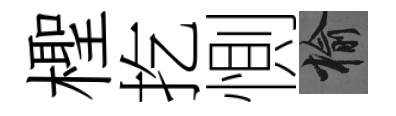
檉扢惻榆